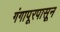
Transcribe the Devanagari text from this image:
गंगापूरपासून